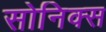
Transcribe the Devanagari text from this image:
सोनिक्स